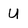
Character: U